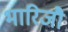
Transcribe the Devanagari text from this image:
भारिजौ